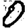
Digit: 0